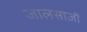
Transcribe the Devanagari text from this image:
जालसाज़ों